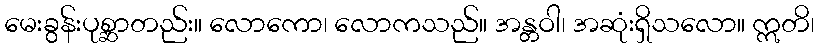
မေးခွန်းပုစ္ဆာတည်း။ လောကော၊ လောကသည်။ အန္တဝါ၊ အဆုံးရှိသလော။ ဣတိ၊